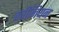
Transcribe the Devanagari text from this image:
क्वीनियन